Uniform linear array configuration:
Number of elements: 4
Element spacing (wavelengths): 0.75
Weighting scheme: exponential
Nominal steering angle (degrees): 60
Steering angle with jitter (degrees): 61.958
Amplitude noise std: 0.05
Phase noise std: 0.05

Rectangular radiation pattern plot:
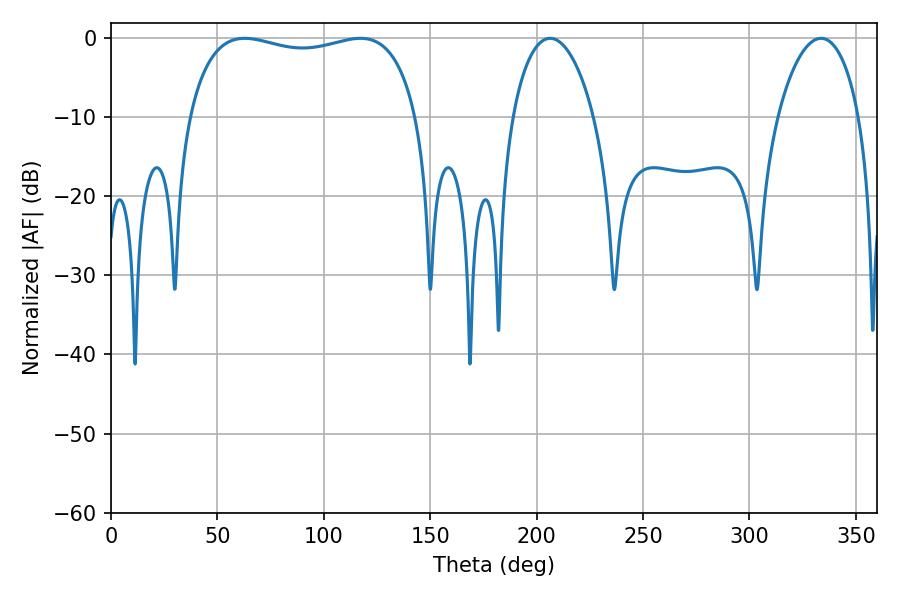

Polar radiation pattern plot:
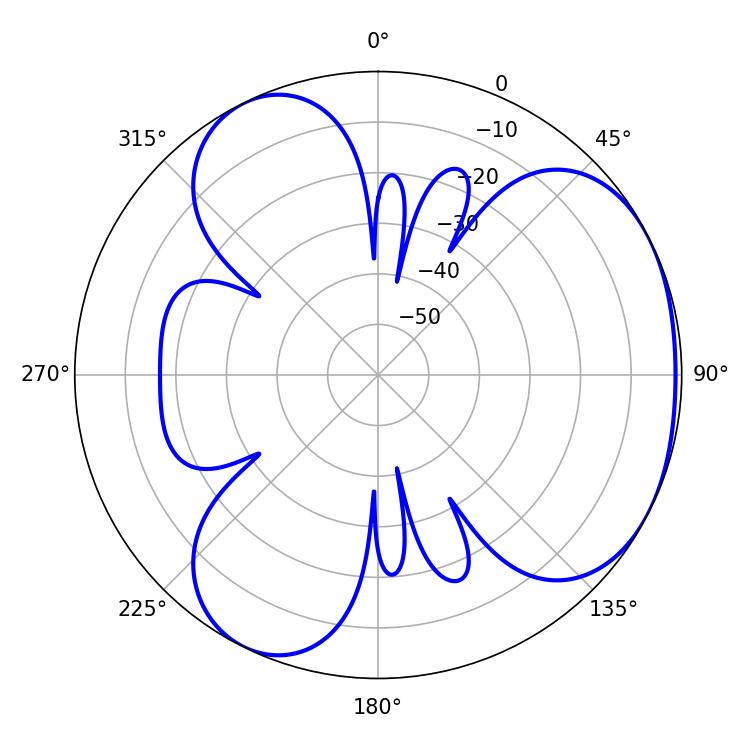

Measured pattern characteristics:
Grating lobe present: TRUE
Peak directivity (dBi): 3.588
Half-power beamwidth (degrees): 87.48
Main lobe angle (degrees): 62.82